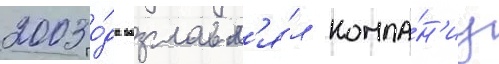
2003 го́да возглавл'я́л компа́н'иу